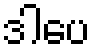
ဒါပေ